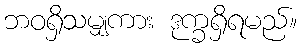
ဘဝရှိသမျှကား ဒုက္ခရှိရမည်။